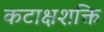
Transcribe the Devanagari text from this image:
कटाक्षशक्ति